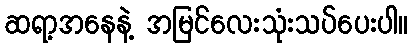
ဆရာ့အနေနဲ့ အမြင်လေးသုံးသပ်ပေးပါ။